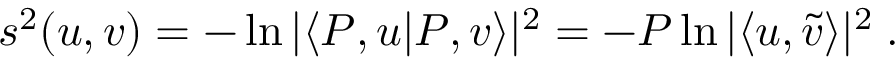
s ^ { 2 } ( u , v ) = - \ln | \langle P , u | P , v \rangle | ^ { 2 } = - P \ln | \langle u , \tilde { v } \rangle | ^ { 2 } \; .